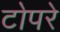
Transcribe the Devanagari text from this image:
टोपरे